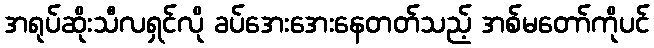
အရုပ်ဆိုးသီလရှင်လို ခပ်အေးအေးနေတတ်သည့် အစ်မတော်ကိုပင်